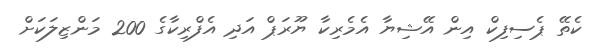
ކެތޭ ޕެސިފިކް އިން އޭޝިޔާ އެމެރިކާ ޔޫރަޕް އަދި އެފްރިކާގެ 200 މަންޒިލަކަށް